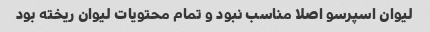
لیوان اسپرسو اصلا مناسب نبود و تمام محتویات لیوان ریخته بود